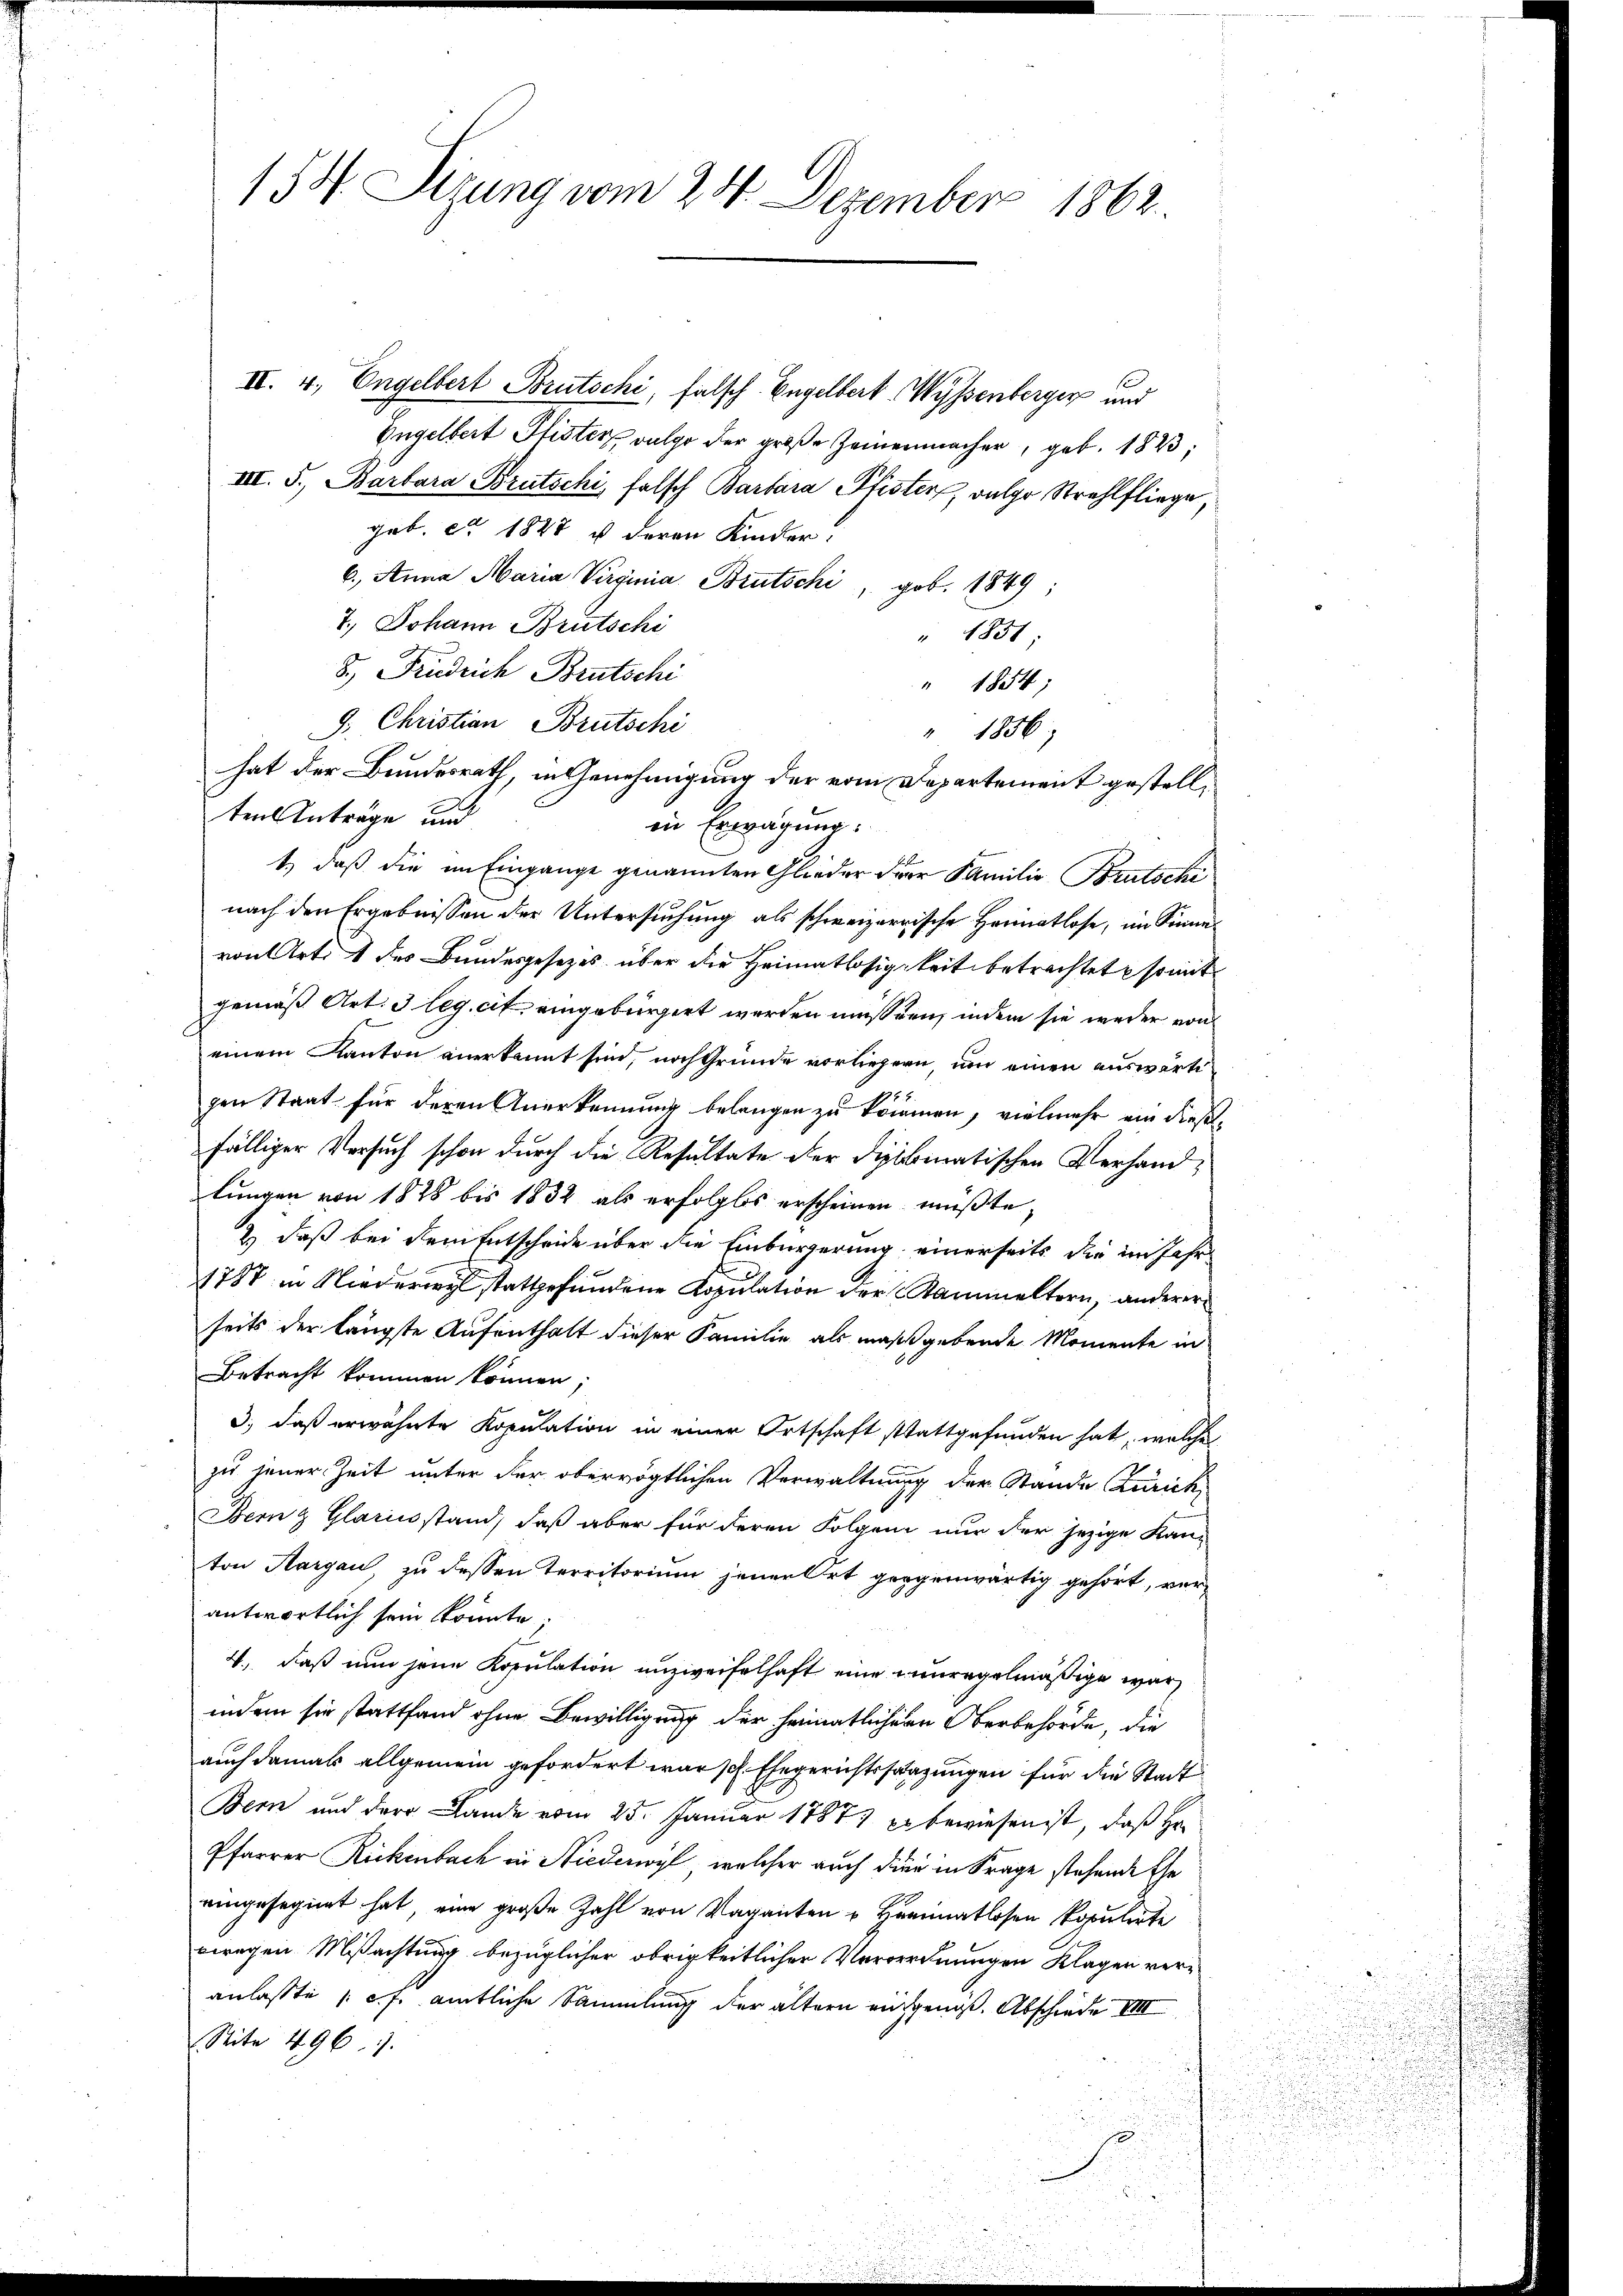
154. Sizung vom 24. Dezember 1862.

IV. 4. Engelbert Brutschi, falsch Engelbert Wyssenberger und
Engelbert Plister vulgo der große Zeinermacher, geb. 1823,
III. S., Barbara Brutschi, falsch Barbara Pfister, vulgo Strahlfliege,
geb. c. 1847 u. deren Kinder!
6.) Anna Maria Virginia Brutschi, gob. 1849;
7.) Johann Brutschi
" 1831
8.) Fridrich Brutschi
" 1854;
J. Christian Brutschi
" 1856
hat der Bundesrath, in Genehmigung der vom Departement gestellten Anträge und
in Erwägung:
1.) daß die im Eingange genannten Glieder der Familie Brutschi
nach den Ergebnissen der Untersuchung als schweizerrische Heimatlose, im Sinne
von Art. 1 des Bundesgesezes über die Heimatlosigkeit betrachtet somit
gemäß Art. 3 leg. cit. eingebürgert werden müssten, indem sie weder von
einem Kanton anerkannt sind, nach Gründe vorliegern, um einen auswärtigen Staat für deren Anerkennung belangen zu kommen, vielmehr ein dießfälliger Versuch schon durch die Resultate der diplomatischen Verhandlungen von 1828 bis 1832 als erfolglos erscheinen müßte,
2) daß bei dem Entscheide über die Einbürgerung einerseits die im Jahr
1787 in Niederweil stattgefundene Kopulation der Stammeltern, anderer
seits der längste Aufenthalt dieser Familie als maßgebende Momente in
Betracht kommen können,
3., daß erwähnte Kopulation in einer Ortschaft stattgefunden hat, welche
zu jener Zeit unter der obervögtlichen Verwaltung der Stande Zürich,
Bern & Glariustand, daß aber für deren Folgend nur der jezige Kan-
ton Margau, zu dessen Territorium jenen Ort gegenwärtig gehört, vor
antwortlich sein könnte;
4., daß nun jene Kopulation unzweifelhaft eine unregelmäßige war
indem sie stattfand ohne Bewilligung der heimatlichern Oberbehörde, die
auch damals allgemein gefordert war sel. Ehegerichtssaazungen für die Stadt
Bern und der Lande vom 25. Januar 1884) Er bewiesen ist, daß Hr.
Pfarrer Rickenbach in Nieder, welcher auch dien in Frage stehende Ehe
eingesegnet hat, eine große Zahl von Vaganten u Heimatlosen Populirte
ewregen Mißachtung bezüglicher obrigkeitlicher Verordnungen Klagen veranlasste (cf. amtliche Sammlung der ältern auchgenöß. Abschiede VIII
Seite 496.